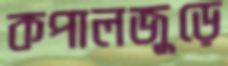
কপালজুড়ে